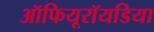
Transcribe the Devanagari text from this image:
ऑफियूरॉयडिया